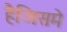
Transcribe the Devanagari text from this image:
हैजिसमे